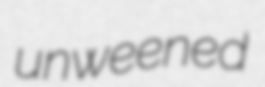
unweened